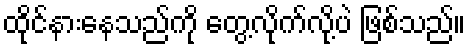
ထိုင်နားနေသည်ကို တွေ့လိုက်လို့ပဲ ဖြစ်သည်။